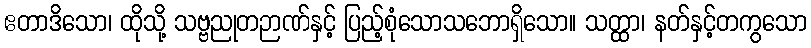
ဧတာဒိသော၊ ထိုသို့ သဗ္ဗညုတဉာဏ်နှင့် ပြည့်စုံသောသဘောရှိသော။ သတ္ထာ၊ နတ်နှင့်တကွသော